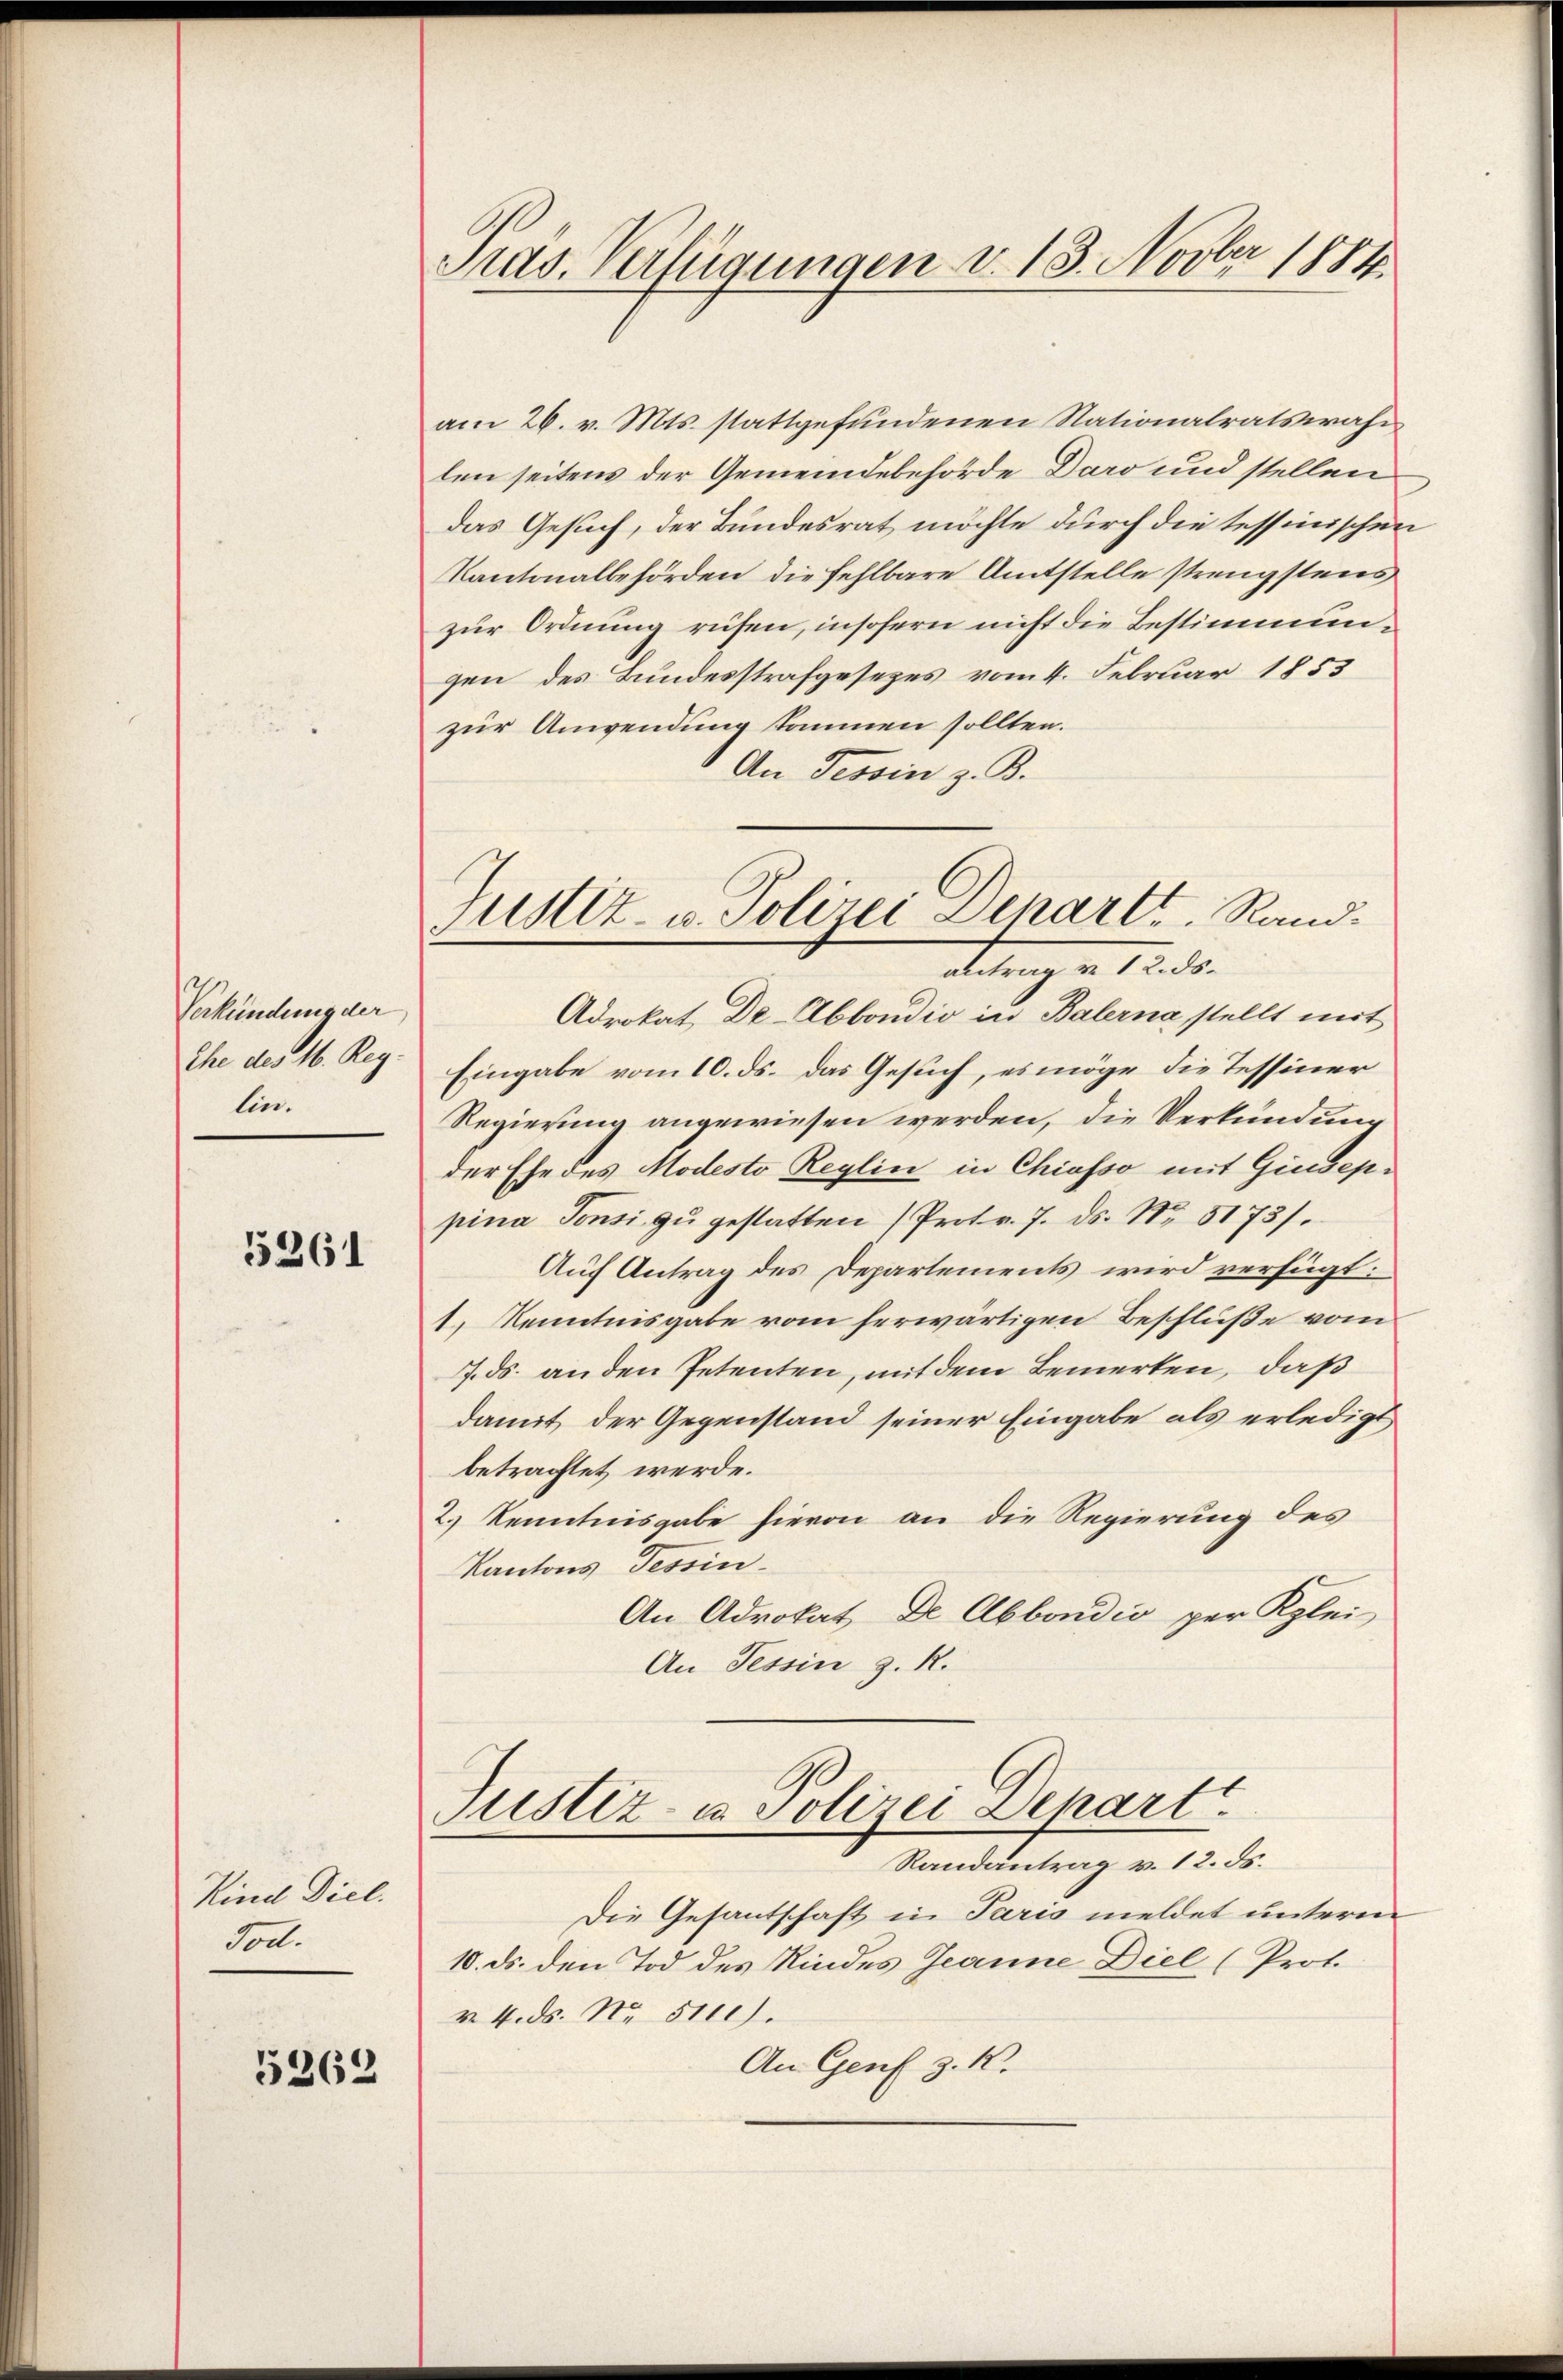
Verkündung der
Ehe des 16. Reg.
lin.

5261

Kind Diel.
Tod.

5362

Präs. Verfügungen d. 13. Novber 1884

Justiz- u. Polizei Departe. Randantrag u. 12. ds.

am 26. v. Mts. stattgefundenen Nationalratswahn
len seitens der Gemeindebehörde Daro und stellen
das Gesuch, der Bundesrat möchte durch die tessinischen
Kantonalbehörden die fehlbare Amtstelle strengstens
zur Ordnung rufen, insofern nicht die Bestimmungen des Bundesstrafgesezes vom 4. Februar 1853
zur Anwendung kommen sollten.
An Tessin z. B.
Adrokat Dr. Abbondio in Balerna stellt mit
Eingabe vom 10. ds. das Gesuch, es möge die Tessiner
Regierung angewiesen werden, die Verkündung
der Ehe des Modesto Reglin in Chiasso mit Giuseppina Tonsi zŭ gestatten (Protr. 7. ds. No. 5173).
Auf Antrag des Departements wird verfügt:
1. Kenntnisgabe vom herwärtigen Beschluße vom
7. ds. an den Petenten, mit dem Bemerken, daß
damit der Gegenstand seiner Eingabe als erledigt
betrachtet werde.
2.) Kenntnisgabe hievon an die Regierung des
Kantons Tessin
An Advokat De Abbondio per Klei
An Tessin z. R.
Justiz- u. Polizei Depart
Randantrag v. 12. ds.
Die Gesantschaft in Paris meldet unterm
10. ds. den Tod des Kindes Jeanne Diel (Prof.
v 4. ds. No. 5110).
An Genf z. K.